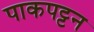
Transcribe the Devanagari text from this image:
पाकपट्टन